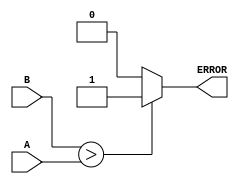
`timescale 1ns / 1ps

module CMP_ERROR(
    input [3:0] A, B,
    output reg ERROR
    );

always @ (A, B) begin
    if (B > A)
        ERROR = 1;
    else 
        ERROR = 0;
    end
endmodule